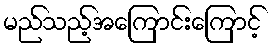
မည်သည့်အကြောင်းကြောင့်